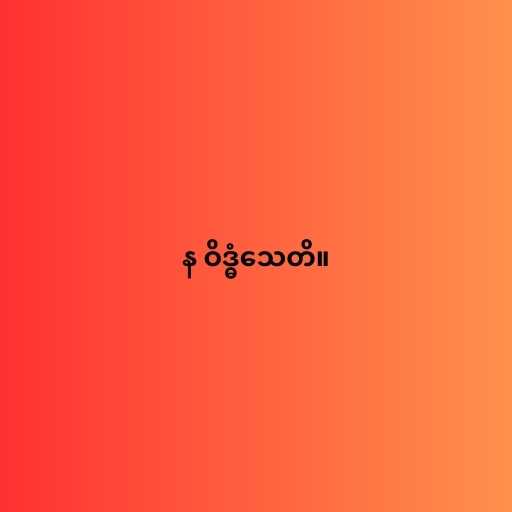
န ဝိဒ္ဓံသေတိ။